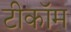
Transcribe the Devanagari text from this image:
टीकॉम